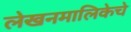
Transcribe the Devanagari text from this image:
लेखनमालिकेचे